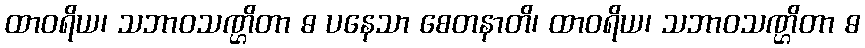
ထာဝရိယ၊ သဘာဝသဏ္ဌိတာ ဓ ပနေသာ စေတနာတိ၊ ထာဝရိယ၊ သဘာဝသဏ္ဌိတာ ဓ